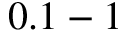
0 . 1 - 1